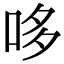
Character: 哆